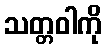
သတ္တဝါကို